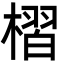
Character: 槢